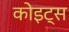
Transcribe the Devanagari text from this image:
कोइट्स